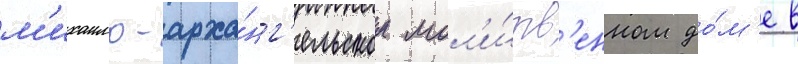
м'ихаило-арха́нг'ельском мол'и́тв'енном до́м'е в